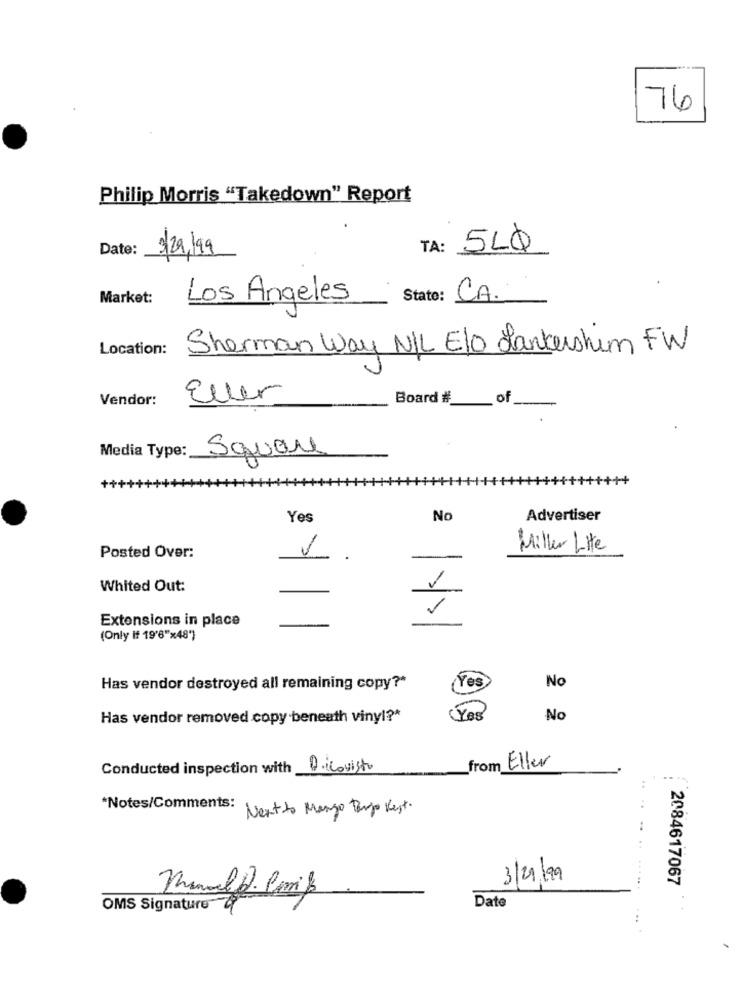
76
Philip Morris "Takedown" Report
Date:
TA: 5LQ
$29,199
Market:
Los Angeles
State: CA.
Location:
Sherman Way N/L Elo Lankershim FW
Vendor:
Eller
Board #
of
Media Type:
Square
Yes
No
Advertiser
Miller Lite
Posted Over:
-
Whited Out:
Extensions in place
(Only if 19'6"×48')
Has vendor destroyed all remaining copy ?*
Yes
No
Has vendor removed copy beneath vinyl ?*
No
Conducted inspection with Dicovisto
from Eller
*Notes/Comments:
Next to Mango Tango Kest.
3/21/99
2084617067
manuelf.Cmiß
Date
OMS Signature